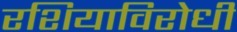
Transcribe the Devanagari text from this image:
रशियाविरोधी